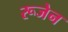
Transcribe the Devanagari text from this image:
रूजेन